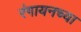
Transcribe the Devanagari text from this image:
रंगायनच्या